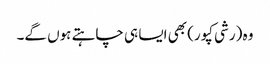
وہ (رشی کپور) بھی ایسا ہی چاہتے ہوں گے۔